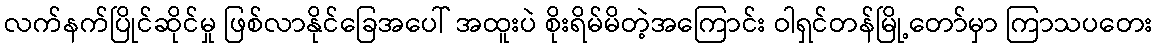
လက်နက်ပြိုင်ဆိုင်မှု ဖြစ်လာနိုင်ခြေအပေါ် အထူးပဲ စိုးရိမ်မိတဲ့အကြောင်း ဝါရှင်တန်မြို့တော်မှာ ကြာသပတေး